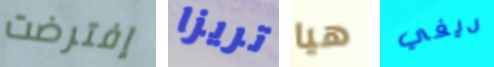
إفترضت تريزا هيا ديفي